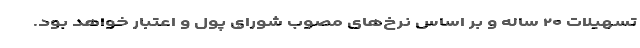
تسهیلات ۲۰ ساله و بر اساس نرخ‌های مصوب شورای پول و اعتبار خواهد بود.